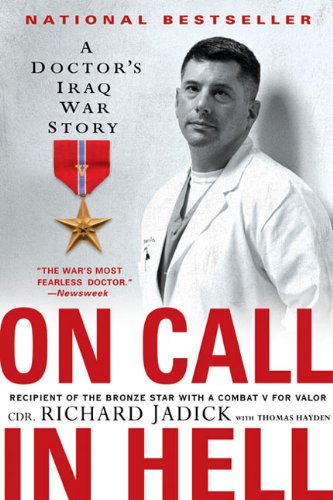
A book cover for On Call in Hell: A Doctor's Iraq War Story; Cdr. Richard Jadick; History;